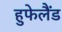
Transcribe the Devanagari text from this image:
हुफेलैंड